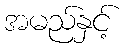
အမည်နှင့်